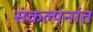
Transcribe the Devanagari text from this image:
संकल्पनांत